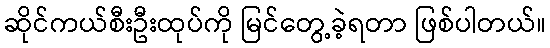
ဆိုင်ကယ်စီးဦးထုပ်ကို မြင်တွေ့ခဲ့ရတာ ဖြစ်ပါတယ်။